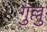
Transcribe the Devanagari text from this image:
गुल्लु